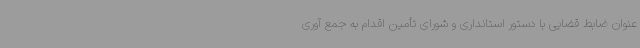
عنوان ضابط قضایی با دستور استانداری و شورای تأمین اقدام به جمع آوری